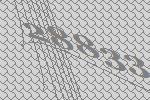
28833